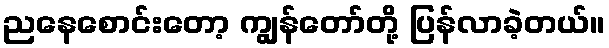
ညနေစောင်းတော့ ကျွန်တော်တို့ ပြန်လာခဲ့တယ်။